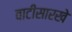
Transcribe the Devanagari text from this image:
वाटीसारखे